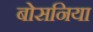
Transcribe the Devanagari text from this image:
बोसनिया